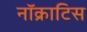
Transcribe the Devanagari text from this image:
नॉक्राटिस